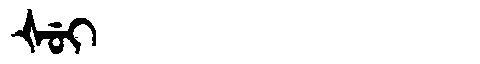
Manchu: ᡧᡠᡳ
Romanization: ŠUI